Vaccination in Burma 1900-1911 - 1900-1911
Year: 1900
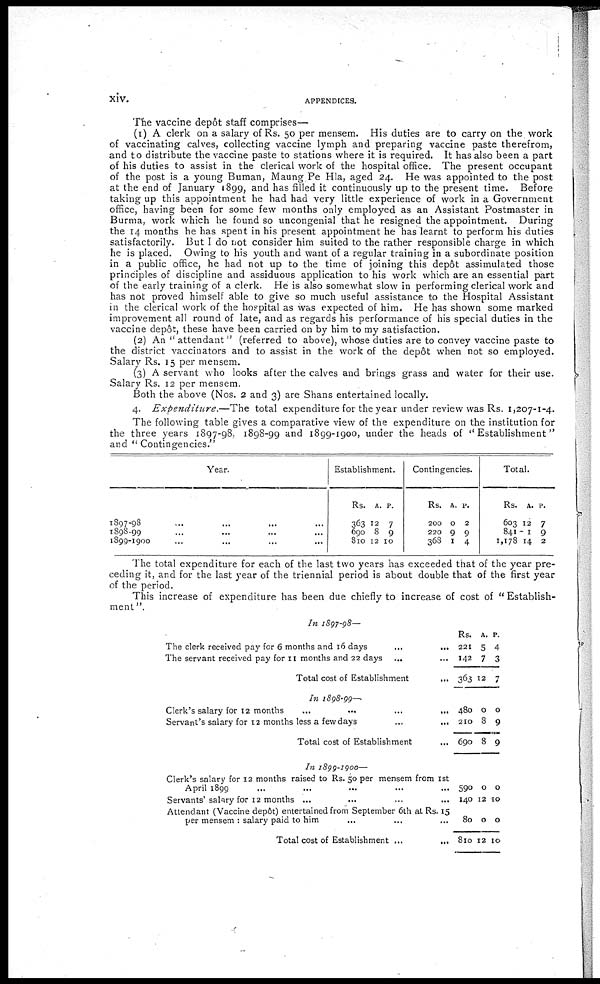
xiv.
APPENDICES.
The vaccine depôt staff comprises—
(1) A clerk on a salary of Rs. 50 per mensem. His duties are to carry on the work
of vaccinating calves, collecting vaccine lymph and preparing vaccine paste therefrom,
and to distribute the vaccine paste to stations where it is required. It has also been a part
of his duties to assist in the clerical work of the hospital office. The present occupant
of the post is a young Buman, Maung Pe Hla, aged 24. He was appointed to the post
at the end of January 1899, and has filled it continuously up to the present time. Before
taking up this appointment he had had very little experience of work in a Government
office, having been for some few months only employed as an Assistant Postmaster in
Burma, work which he found so uncongenial that he resigned the appointment. During
the 14 months he has spent in his present appointment he has learnt to perform his duties
satisfactorily. But I do not consider him suited to the rather responsible charge in which
he is placed. Owing to his youth and want of a regular training in a subordinate position
in a public office, he had not up to the time of joining this depôt assimulated those
principles of discipline and assiduous application to his work which are an essential part
of the early training of a clerk. He is also somewhat slow in performing clerical work and
has not proved himself able to give so much useful assistance to the Hospital Assistant
in the clerical work of the hospital as was expected of him. He has shown some marked
improvement all round of late, and as regards his performance of his special duties in the
vaccine depôt, these have been carried on by him to my satisfaction.
(2) An " attendant " (referred to above), whose duties are to convey vaccine paste to
the district vaccinators and to assist in the work of the depôt when not so employed.
Salary Rs. 15 per mensem.
(3) A servant who looks after the calves and brings grass and water for their use.
Salary Rs. 12 per mensem.
Both the above (Nos. 2 and 3) are Shans entertained locally.
4. Expenditure.—The
total expenditure for the year under review was Rs. 1,207-1-4.
The following table gives a comparative view of the expenditure on the institution for
the three years 1897-98, 1898-99 and 1899-1900, under the heads of " Establishment"
and " Contingencies."
Year.
1897-98... ...
1898-99... ...
1899-1900... ...
Establishment.
Rs.
363
690
810
A.
12
8
12
P.
7
9
10
Contingencies.
Rs.
200
220
368
A.
0
9
1
P.
2
9
4
Total.
Rs.
603
841
1,178
A.
12
1
14
P.
7
9
2
The total expenditure for each of the last two years has exceeded that of the year pre-
ceding it, and for the last year of the triennial period is about double that of the first year
of the period.
This increase of expenditure has been due chiefly to increase of cost of " Establish-
ment".
In 1897-98—
The clerk received pay for 6 months and 16 days
...
...
The servant received pay for 11 months and 22 days ... ...
Total cost of Establishment ... ... ...
In 1898-99—
Clerk's salary for 12
months...
...
...
Servant's salary for 12 months less a few days
...
...
...
Total cost of Establishment... ... ...
In 1899-1900—
Clerk's salary for 12 months raised to Rs. 50 per mensem from 1st
April 1899... ... ...
Servants' salary for 12 months... ... ...
Attendant (Vaccine depôt) entertained from September 6th at Rs. 15
per mensem : salary paid to him... ... ...
Total cost of Establishment ...
Rs.
221
142
363
480
210
690
590
140
80
810
A.
5
7
12
0
8
8
0
12
0
12
p.
4
3
7
0
9
9
0
10
0
10